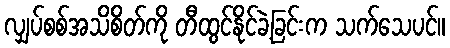
လျှပ်စစ်အသိစိတ်ကို တီထွင်နိုင်ခဲ့ခြင်းက သက်သေပင်။